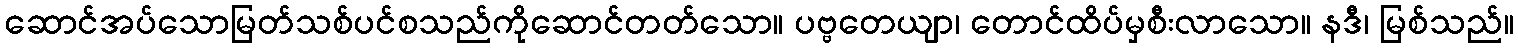
ဆောင်အပ်သောမြတ်သစ်ပင်စသည်ကိုဆောင်တတ်သော။ ပဗ္ဗတေယျာ၊ တောင်ထိပ်မှစီးလာသော။ နဒီ၊ မြစ်သည်။